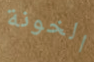
الخونة